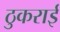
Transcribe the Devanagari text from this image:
ठुकराई